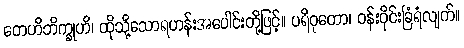
တေဟိဘိက္ခုဟိ၊ ထိုသို့သောရဟန်းအပေါင်းတို့ဖြင့်။ ပရိဝုတော၊ ဝန်းဝိုင်းခြံရံလျက်။